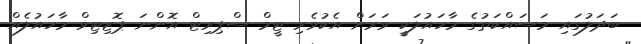
ބަދަލުގައި މަސައްކަތުގެ މާހައުލަކީ ވަރަށް އެކުވެރި ޓީމް ސްޕިރިޓް އޮންނަ ޕޮޒިޓިވް މާހައުލެއް